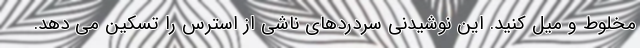
مخلوط و میل کنید. این نوشیدنی سردردهای ناشی از استرس را تسکین می دهد.